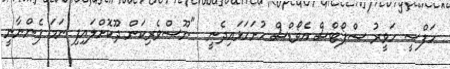
ހަފްސީ ހަވީރު ސްޕޯޓްސް އެވޯޑްސް ހުށަހަޅައިދެނީ  "ނޫސްވެރިކަން ދޫކޮށްލައިފި ނަމަ ފެންނާނީ